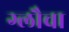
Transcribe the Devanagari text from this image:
ग्लौचा